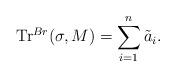
LaTeX: \begin{align*}{\rm Tr}^{Br}(\sigma, M)=\sum_{i=1}^n\tilde a_i.\end{align*}